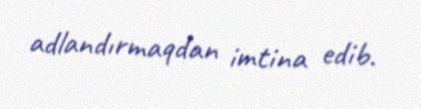
adlandırmaqdan imtina edib.